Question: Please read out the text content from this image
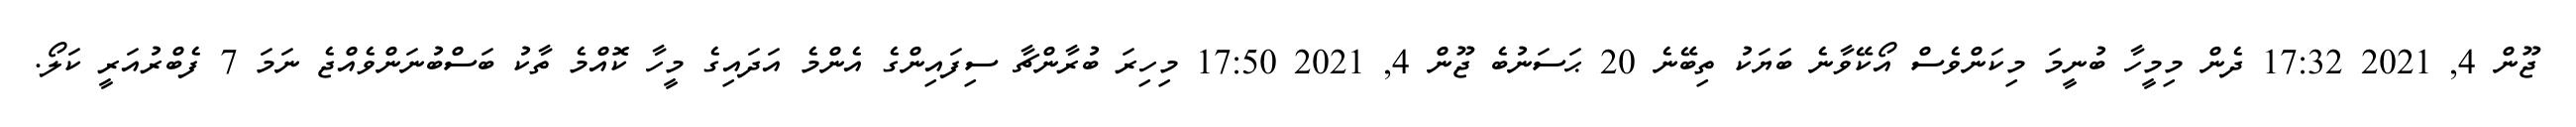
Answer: ޖޫން 4, 2021 17:32 ދެން މިމީހާ ބުނީމަ މިކަންވެސް އޯކޭވާނެ ބަޔަކު ތިބޭނެ 20 ޙަސަނުބެ ޖޫން 4, 2021 17:50 މިހިރަ ބުރާންޗާ ސިފައިންގެ އެންމެ އަދައިގެ މީހާ ކޮއްމެ ތާކު ބަސްބުނަންވެއްޖެ ނަމަ 7 ފެބްރުއަރީ ކަލޯ.